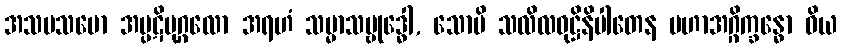
အသမသမော အပ္ပဋိပုဂ္ဂလော အရဟံ သမ္မာသမ္ဗုဒ္ဓေါ, သောပိ သလိလဝုဋ္ဌိနိပါတေန မဟာအဂ္ဂိက္ခန္ဓော ဝိယ